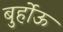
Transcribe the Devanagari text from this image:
बुर्होऊ